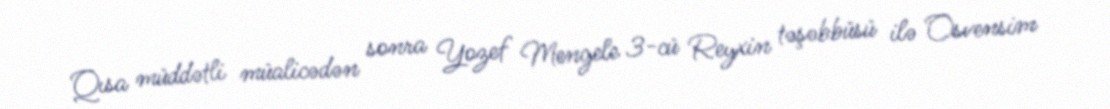
Qısa müddətli müalicədən sonra Yozef Mengele 3-cü Reyxin təşəbbüsü ilə Osvensim